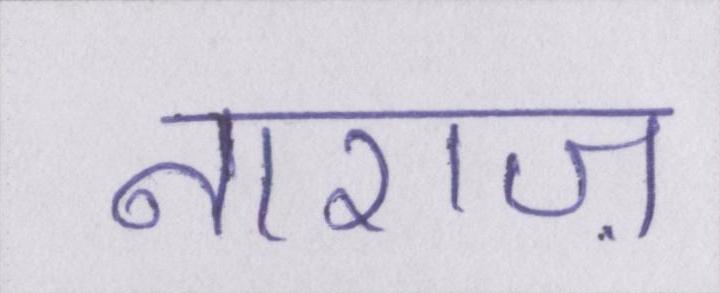
नाराज़